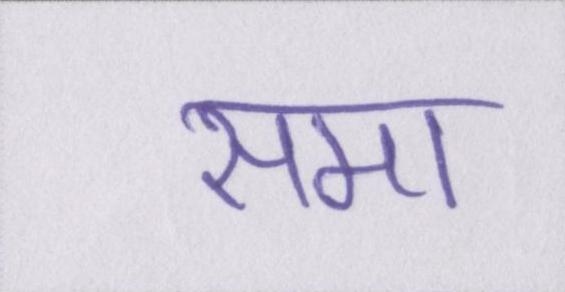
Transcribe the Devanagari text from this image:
समा